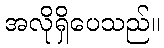
အလိုရှိပေသည်။